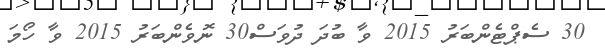
30 ސެޕްޓެންބަރު 2015 ވާ ބުދަ ދުވަސް30 ނޮވެންބަރު 2015 ވާ ހޯމަ